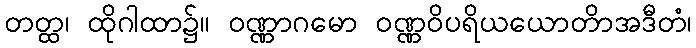
တတ္ထ၊ ထိုဂါထာ၌။ ဝဏ္ဏာဂမော ဝဏ္ဏဝိပရိယယောတိာအဒီတံ၊